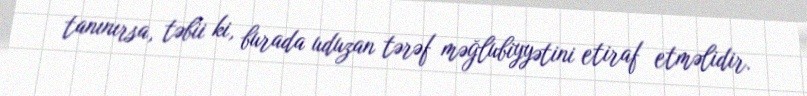
tanınırsa, təbii ki, burada uduzan tərəf məğlubiyyətini etiraf etməlidir.